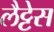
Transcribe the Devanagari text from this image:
लैट्टेस